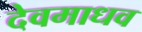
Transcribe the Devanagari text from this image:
देवमाधव